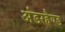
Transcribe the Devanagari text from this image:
अंडरहैण्ड